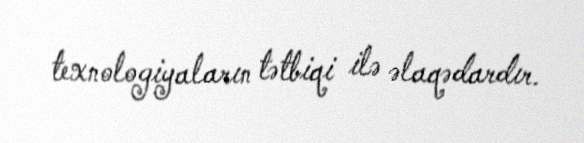
texnologiyaların tətbiqi ilə əlaqədardır.